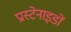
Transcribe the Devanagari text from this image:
प्रास्टेनाइडों